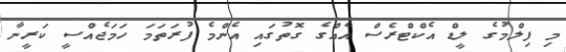
މި ފިލްމުގެ ލީޑް އެކްޓްރެސް އެއްގެ ގޮތުގައި އެންމެ ފުރަތަމަ ހަމަޖެއްސީ ކަރީނާ